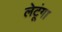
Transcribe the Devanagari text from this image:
लेटूंगा